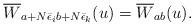
LaTeX: \begin{align*}\overline{W}_{a+N\bar{\epsilon }_i b+N\bar{\epsilon }_k}(u)=\overline{W}_{ab}(u).\end{align*}